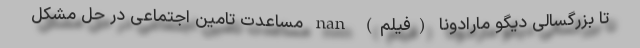
تا بزرگسالی دیگو مارادونا (فیلم) nan مساعدت تامین اجتماعی در حل مشکل